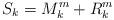
LaTeX: \begin{align*}S_{k}=M_{k}^{m}+R_{k}^{m} \end{align*}